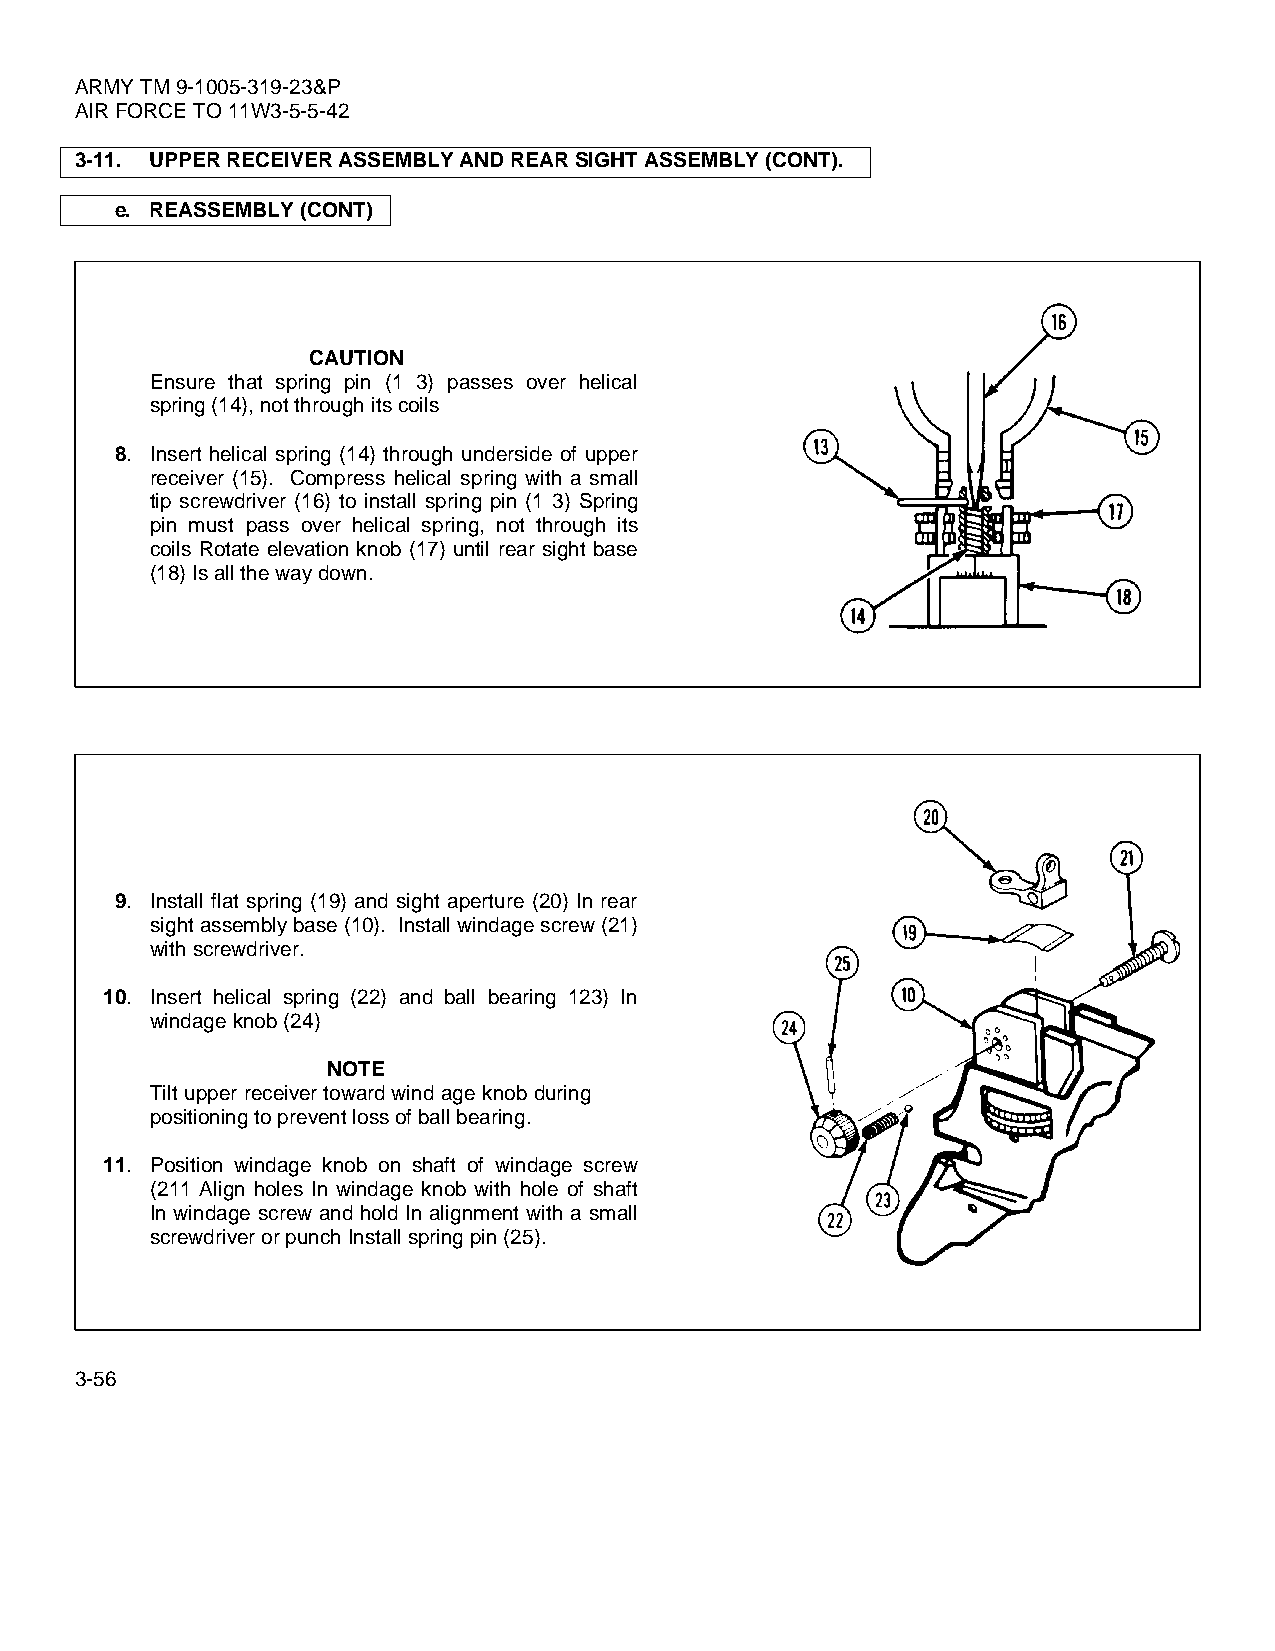
ARMY TM 9-1005-319-23&P
 AIR FORCE TO 11W3-5-5-42
 3-11. UPPER RECEIVER ASSEMBLY AND REAR SIGHT ASSEMBLY (CONT).
 e. REASSEMBLY (CONT)
 CAUTION
 Ensure that spring pin (1 3) passes over helical
 spring (14), not through its coils
 8. Insert helical spring (14) through underside of upper
 receiver (15). Compress helical spring with a small
 tip screwdriver (16) to install spring pin (1 3) Spring
 pin must pass over helical spring, not through its
 coils Rotate elevation knob (17) until rear sight base
 (18) Is all the way down.
 9. Install flat spring (19) and sight aperture (20) In rear
 sight assembly base (10). Install windage screw (21)
 with screwdriver.
 10. Insert helical spring (22) and ball bearing 123) In
 windage knob (24)
 NOTE
 Tilt upper receiver toward wind age knob during
 positioning to prevent loss of ball bearing.
 11. Position windage knob on shaft of windage screw
 (211 Align holes In windage knob with hole of shaft
 In windage screw and hold In alignment with a small
 screwdriver or punch Install spring pin (25).
 3-56